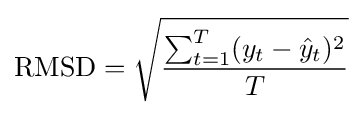
\operatorname {RMSD} ={\sqrt {\frac {\sum _{t=1}^{T}(y_{t}-{\hat {y}}_{t})^{2}}{T}}}